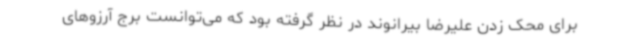
برای محک زدن علیرضا بیرانوند در نظر گرفته بود که می‌توانست برج آرزوهای